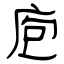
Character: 庖